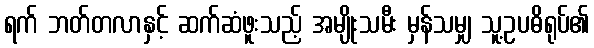
ရက် ဘတ်တလာနှင့် ဆက်ဆံဖူးသည့် အမျိုးသမီး မှန်သမျှ သူ့ဥပဓိရုပ်၏